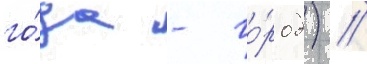
го́да - го́род) //